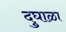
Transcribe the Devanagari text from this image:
दुघाळा